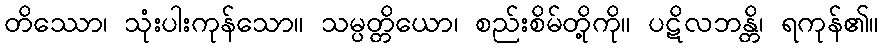
တိဿော၊ သုံးပါးကုန်သော။ သမ္ပတ္တိယော၊ စည်းစိမ်တို့ကို။ ပဋိလဘန္တိ၊ ရကုန်၏။